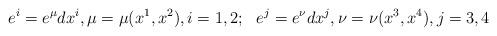
LaTeX: \begin{align*}e^{i}=e^{\mu}dx^{i}, \mu=\mu(x^{1},x^{2}), i=1, 2;~~ e^{j}=e^{\nu}dx^{j}, \nu=\nu(x^{3},x^{4}), j=3,4\end{align*}